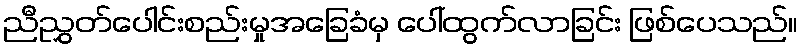
ညီညွှတ်ပေါင်းစည်းမှုအခြေခံမှ ပေါ်ထွက်လာခြင်း ဖြစ်ပေသည်။